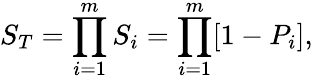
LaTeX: S_{T}=\prod_{i=1}^{m}S_{i}=\prod_{i=1}^{m}[1-P_{i}],